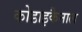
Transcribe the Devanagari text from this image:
कोडाइकैनाल